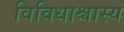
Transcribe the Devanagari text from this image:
विविधाश्चास्य